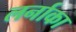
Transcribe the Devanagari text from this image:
लर्नाका